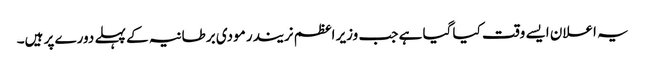
یہ اعلان ایسے وقت کیا گیا ہے جب وزیر اعظم نریندر مودی برطانیہ کے پہلے دورے پر ہیں۔